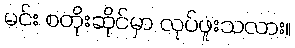
မင်း စတိုးဆိုင်မှာ လုပ်ဖူးသလား။